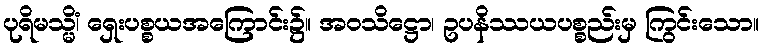
ပုရိမသ္မိံ၊ ရှေးပစ္စယအကြောင်း၌။ အဝသိဋ္ဌော၊ ဥပနိဿယပစ္စည်းမှ ကြွင်းသော။